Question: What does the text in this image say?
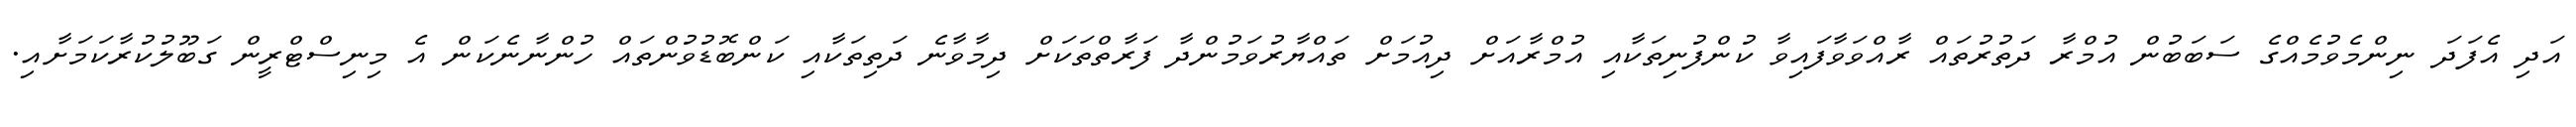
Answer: އަދި އެފަދަ ނިންމެވުމެއްގެ ސަބަބުން އުމްރާ ދަތުރުތައް ރާއްވަވާފައިވާ ކުންފުނިތަކާއި އުމްރާއަށް ދިއުމަށް ތައްޔާރުވަމުންދާ ފަރާތްތަކަށް ދިމާވާނެ ދަތިތަކާއި ކަންބޮޑުވުންތައް ހުންނާނެކަން އެ މިނިސްޓްރީން ގަބޫލުކުރާކަމަށާއި.